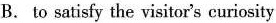
B. to satisfy the visitor's curiosity